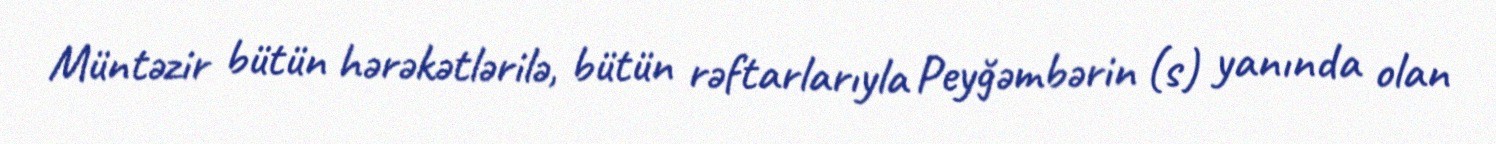
Müntəzir bütün hərəkətlərilə, bütün rəftarlarıyla Peyğəmbərin (s) yanında olan